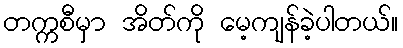
တက္ကစီမှာ အိတ်ကို မေ့ကျန်ခဲ့ပါတယ်။